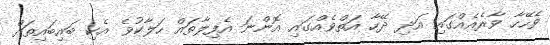
ވެހޭހާ ވާރެއެއްގައި އަދި ދޭހާ އަތްވެއްގައި އޮންނަ އެފިލާތައް ހަލާކުވެ އެކި ބައިބައިތައް